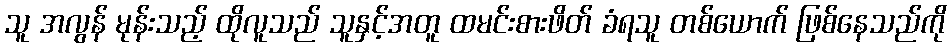
သူ အလွန် မုန်းသည့် ထိုလူသည် သူနှင့်အတူ ထမင်းစားဖိတ် ခံရသူ တစ်ယောက် ဖြစ်နေသည်ကို